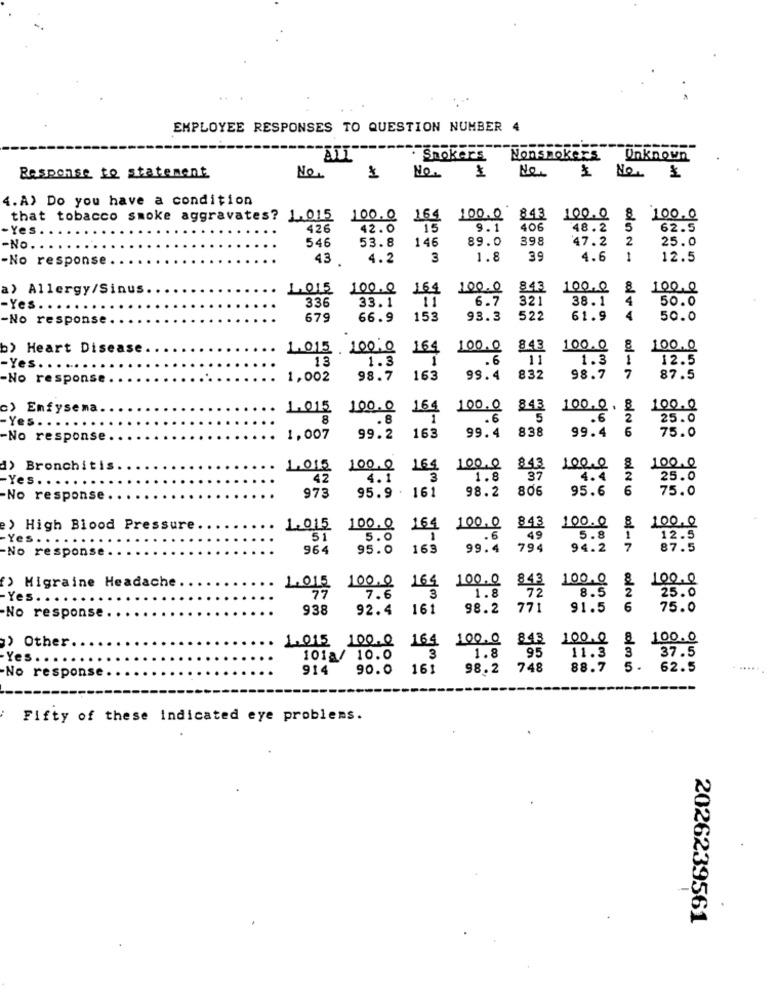
EMPLOYEE RESPONSES TO QUESTION NUMBER 4
. Smokers Nonsmokers
Unknown
$ No.
Response to statement
Ne.
1
No.
New
4. A) Do you have a condition
that tobacco smoke aggravates? 1.015
100 0 164
100.0
843 100.0
100.0
- Yes
426
42.0
15
9.1
406
48.2
62.5
546
146
89.0
398
47.2
2
25.0
-No.
53.8
-No response
43
.
4.2
3
1.8
3.9
4.6
1
12.5
a) Allergy/Sinus
1.015
100.0
164
100.0
843
100.0
100.0
336
33.1
11
6.7
321
38.1
4
50.0
-Yes ....
-No response.
679
66.9
153
93.3
522
61.9
4
50.0
b) Heart Disease
1.015 100.0
164
100.0
8.43
100.0
& 100.0
13
1.3
1
.6
11
1.3
1
12.5
-Yes ....
-No response
1,002
98.7
163
99.4
832
98.7
87.5
c) Enfysena
1.015
100.0
164
100.0
843
100.0 . 8
100.0
8
.8
1
.6
5
2
25.0
-Yes .....
163
99.4
83
99.4
6
-No response
1,007
99.2
75.0
d) Bronchitis
1.015 100,0
164
100.0
843
100.0
100.0
-Yes.
42
4.1
3
1.8
37
4.4
25.0
95.9 . 161
98.2
806
95.6
6
-No response
973
75.0
e) High Blood Pressure.
1.015
100. 0 164
100,0
843
100.0
8 100.0
-Yes . . .
51
5.0
1
. 6
49
5.8
12.5
-No response.
964
95.0
163
99.4
794
94.2
87.5
f) Migraine Headache
100.0
843
100.0
100.0
1.015
100.0
164
3
1.8
72
8.5
2
-Yes. .
77
7.6
25.0
938
92.4
161
98.2
771
91.5
6
75.0
No response
> Other
1.015 100.0
164
100.0
843
100.0
8 100.0
11.3
3
37.5
-Yes .
101a/ 10.0
3
1.8
95
914
90.0
161
98.2
74
88.7
5.
62.5
......
-No response
Fifty of these indicated eye problems.
2026239561